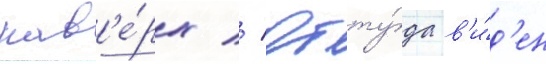
нав'е́рх // Отту́да в'и́д'ен